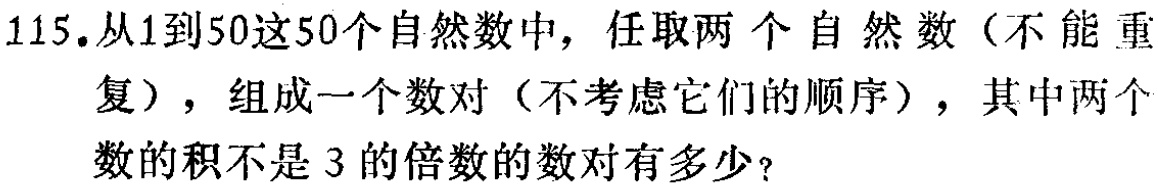
115.从1到50这50个自然数中，任取两个自然数（不能重复），组成一个数对（不考虑它们的顺序），其中两个数的积不是3的倍数的数对有多少？